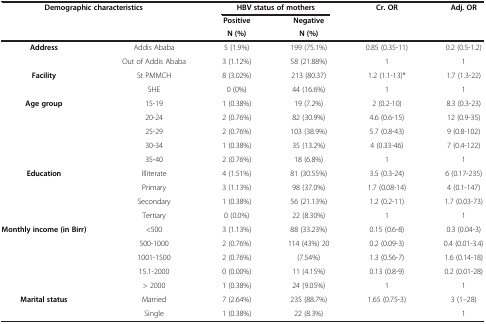
<table><thead><tr><td rowspan="3" colspan="2"><b>Demographic characteristics</b></td><td colspan="2"><b>HBV status of mothers</b></td><td rowspan="3"><b>Cr. OR</b></td><td rowspan="3"><b>Adj. OR</b></td></tr><tr><td><b>Positive</b></td><td><b>Negative</b></td></tr><tr><td><b>N (%)</b></td><td><b>N (%)</b></td></tr></thead><tbody><tr><td rowspan="2"><b>Address</b></td><td>Addis Ababa</td><td>5 (1.9%)</td><td>199 (75.1%)</td><td>0.85 (0.35-11)</td><td>0.2 (0.5-1.2)</td></tr><tr><td>Out of Addis Ababa</td><td>3 (1.12%)</td><td>58 (21.88%)</td><td>1</td><td>1</td></tr><tr><td rowspan="2"><b>Facility</b></td><td>St PMMCH</td><td>8 (3.02%)</td><td>213 (80.37)</td><td>1.2 (1.1-13)*</td><td>1.7 (1.3-22)</td></tr><tr><td>SHE</td><td>0 (0%)</td><td>44 (16.6%)</td><td>1</td><td>1</td></tr><tr><td rowspan="5"><b>Age group</b></td><td>15-19</td><td>1 (0.38%)</td><td>19 (7.2%)</td><td>2 (0.2-10)</td><td>8.3 (0.3-23)</td></tr><tr><td>20-24</td><td>2 (0.76%)</td><td>82 (30.9%)</td><td>4.6 (0.6-15)</td><td>12 (0.9-35)</td></tr><tr><td>25-29</td><td>2 (0.76%)</td><td>103 (38.9%)</td><td>5.7 (0.8-43)</td><td>9 (0.8-102)</td></tr><tr><td>30-34</td><td>1 (0.38%)</td><td>35 (13.2%)</td><td>4 (0.33-46)</td><td>7 (0.4-122)</td></tr><tr><td>35-40</td><td>2 (0.76%)</td><td>18 (6.8%)</td><td>1</td><td>1</td></tr><tr><td rowspan="4"><b>Education</b></td><td>Illiterate</td><td>4 (1.51%)</td><td>81 (30.55%)</td><td>3.5 (0.3-24)</td><td>6 (0.17-235)</td></tr><tr><td>Primary</td><td>3 (1.13%)</td><td>98 (37.0%)</td><td>1.7 (0.08-14)</td><td>4 (0.1-147)</td></tr><tr><td>Secondary</td><td>1 (0.38%)</td><td>56 (21.13%)</td><td>1.2 (0.2-11)</td><td>1.7 (0.03-73)</td></tr><tr><td>Tertiary</td><td>0 (0.0%)</td><td>22 (8.30%)</td><td>1</td><td>1</td></tr><tr><td rowspan="5"><b>Monthly income (in Birr)</b></td><td>&lt;500</td><td>3 (1.13%)</td><td>88 (33.23%)</td><td>0.15 (0.6-8)</td><td>0.3 (0.04-3)</td></tr><tr><td>500-1000</td><td>2 (0.76%)</td><td>114 (43%) 20</td><td>0.2 (0.09-3)</td><td>0.4 (0.01-3.4)</td></tr><tr><td>1001-1500</td><td>2 (0.76%)</td><td>(7.54%)</td><td>1.3 (0.56-7)</td><td>1.6 (0.14-18)</td></tr><tr><td>15.1-2000</td><td>0 (0.00%)</td><td>11 (4.15%)</td><td>0.13 (0.8-9)</td><td>0.2 (0.01-28)</td></tr><tr><td>&gt; 2000</td><td>1 (0.38%)</td><td>24 (9.05%)</td><td>1</td><td>1</td></tr><tr><td rowspan="2"><b>Marital status</b></td><td>Married</td><td>7 (2.64%)</td><td>235 (88.7%)</td><td>1.65 (0.75-3)</td><td>3 (1–28)</td></tr><tr><td>Single</td><td>1 (0.38%)</td><td>22 (8.3%)</td><td> </td><td>1</td></tr></tbody></table>